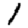
Digit: 1